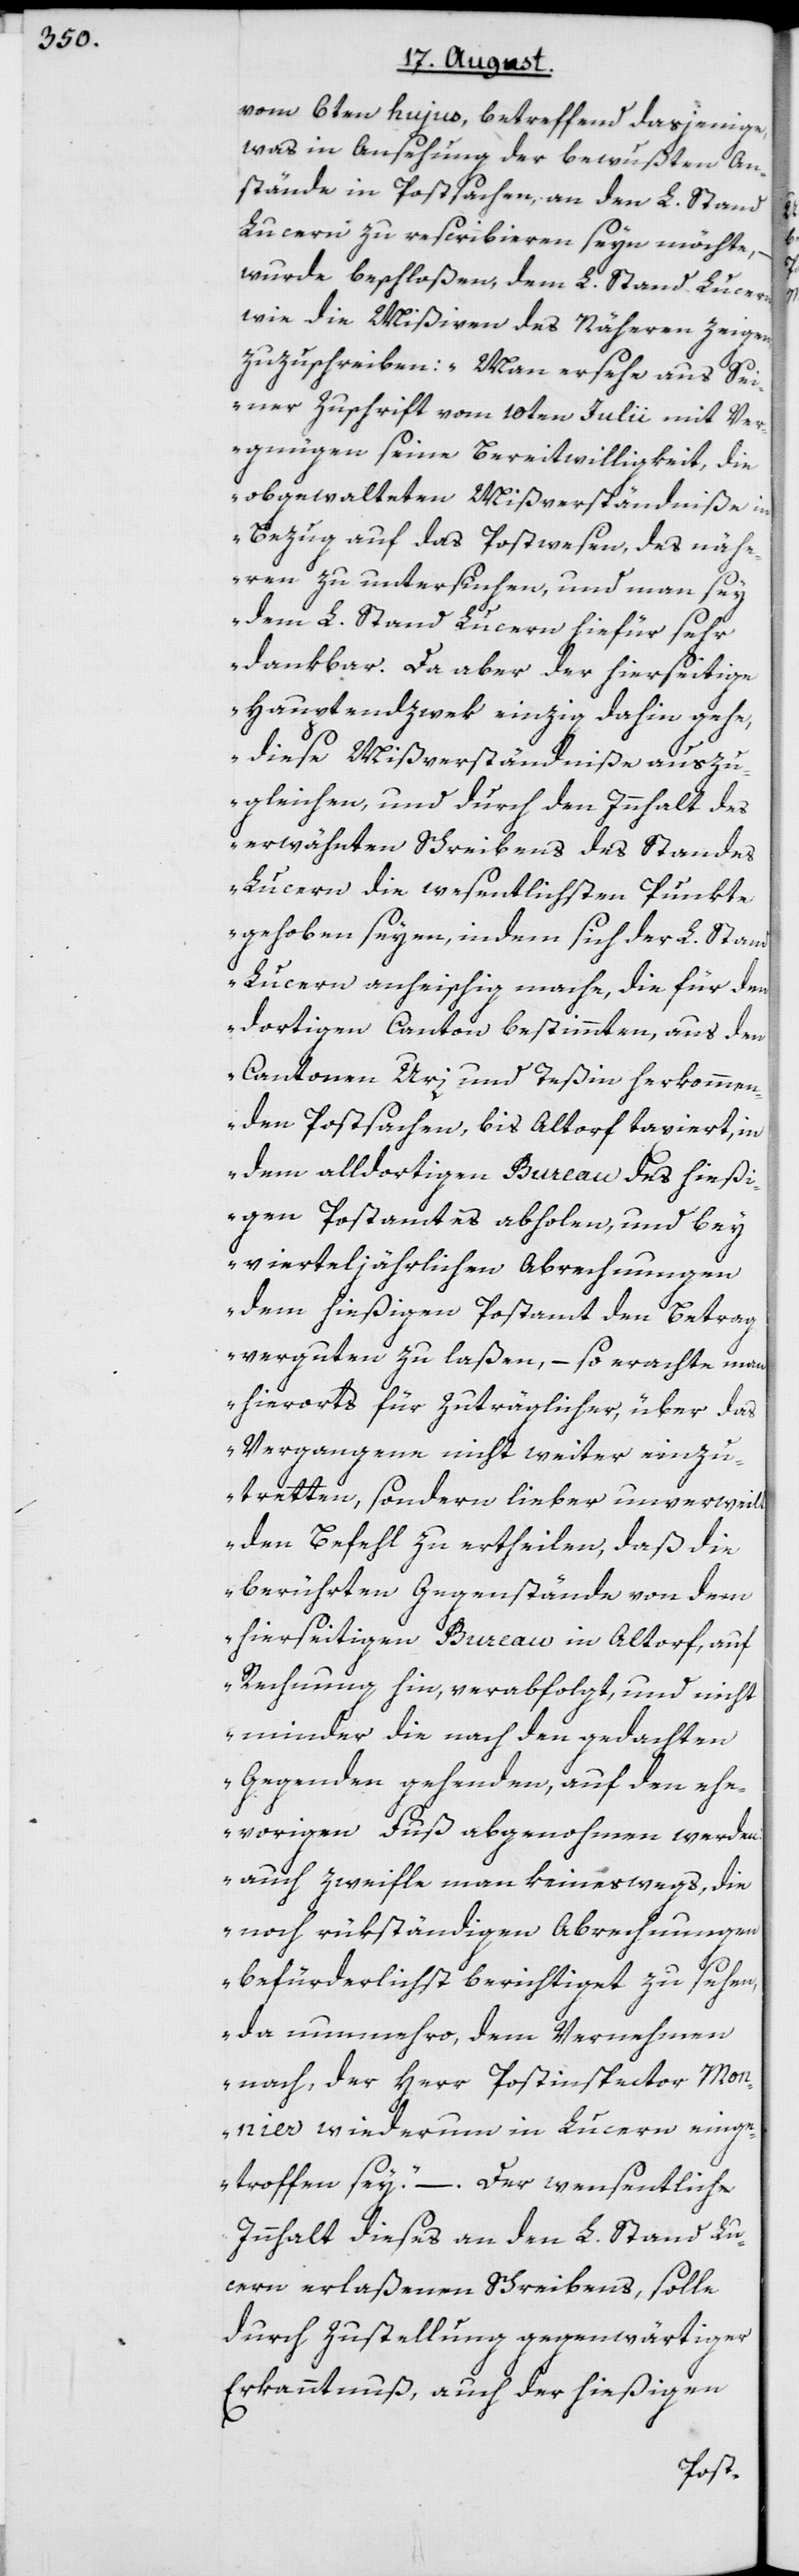
vom 6ten hujus, betreffend dasjenige,
was in Ansehung der bewußten An¬
stände in Postsachen, an den L. Stand
Lucern zu rescribieren seyn möchte,
wurde beschloßen, dem L. Stand Lucern,
wie die Mißiven des Näheren zeigen,
zuzuschreiben: „Man ersehe aus S¬
einer Zuschrift vom 10ten Julii mit Ver¬
gnügen seine Bereitwilligkeit, die
obgewalteten Mißverständniße in
Bezug auf das Postwesen, des näh¬
eren zu untersuchen, und man sey
dem L. Stand Lucern hiefür sehr
dankbar. Da aber der hierseitige
Hauptendzwek einzig dahin gehe,
diese Mißverständniße auszu¬
gleichen, und durch den Innhalt des
erwähnten Schreibens des Standes
Lucern die wesentlichsten Punkte
gehoben seyen, indem sich der L. Stand
Lucern anheischig mache, die für den
dortigen Canton bestimmten, aus den
Cantonen Uri und Teßin herkommen¬
den Postsachen, bis Altorf taxiert, in
dem alldortigen Bureau des hießi¬
gen Postamtes abholen, und bey
vierteljährlichen Abrechnungen
dem hießigen Postamt den Betrag
verguten zu laßen, – so erachte man
hierorts für zuträglicher, über das
Vergangene nicht weiter einzu¬
tretten, sondern lieber unverweilt
den Befehl zu ertheilen, daß die
berührten Gegenstände von dem
hierseitigen Bureau in Altorf, auf
Rechnung hin, verabfolgt, und nicht
minder die nach den gedachten
Gegenden gehenden, auf den ehe¬
vorigen Fuß abgenohmen werden;
auch zweifle man keineswegs, die
noch rükständigen Abrechnungen
befürderlichst berichtiget zu sehen,
da nunmehro, dem Vernehmen
nach, der Herr Postinspector Mon¬
nier wiederum in Lucern einge¬
troffen sey.“ – Der wesentliche
Innhalt dieses an den L. Stand Lu¬
cern erlaßenen Schreibens, solle
durch Zustellung gegenwärtiger
Erkanntnuß, auch der hießigen